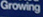
Growing